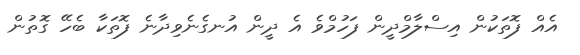
އެއް ފޮތަކުން އިސްލާމްދީން ފަހުމްވެ އެ ދީން އުނގެނެވިދާނެ ފޮތަކާ ބެހޭ ގޮތުން